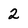
Character: 2